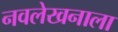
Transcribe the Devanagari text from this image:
नवलेखनाला